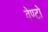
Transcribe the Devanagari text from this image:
वेण्टो